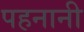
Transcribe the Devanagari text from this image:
पहनानी